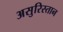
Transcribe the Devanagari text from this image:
असुरिस्तान